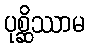
ပုစ္ဆိဿာမ